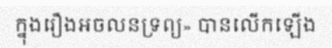
ក្នុងរឿងអចលនទ្រព្យ» បានលើកឡើង